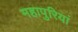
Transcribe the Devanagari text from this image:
महापुरियां